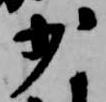
少